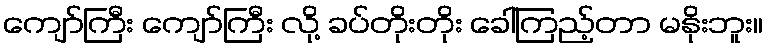
ကျော်ကြီး ကျော်ကြီး လို့ ခပ်တိုးတိုး ခေါ်ကြည့်တာ မနိုးဘူး။